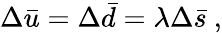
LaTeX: \Delta\bar{u}=\Delta\bar{d}=\lambda\Delta\bar{s}~,